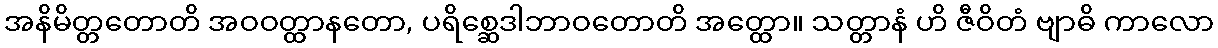
အနိမိတ္တတောတိ အဝဝတ္ထာနတော, ပရိစ္ဆေဒါဘာဝတောတိ အတ္ထော။ သတ္တာနံ ဟိ ဇီဝိတံ ဗျာဓိ ကာလော